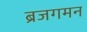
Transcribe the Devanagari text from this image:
ब्रजगमन